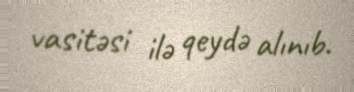
vasitəsi ilə qeydə alınıb.